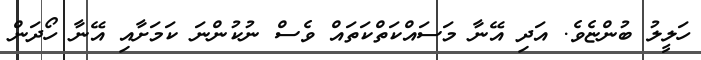
ހަލީލު ބުންޏެވެ. އަދި އޭނާ މަސައްކަތްކަތައް ވެސް ނުކުންނަ ކަމަށާއި އޭނާ ހޯދަން